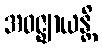
အဝဇ္ဈာယန္တိ